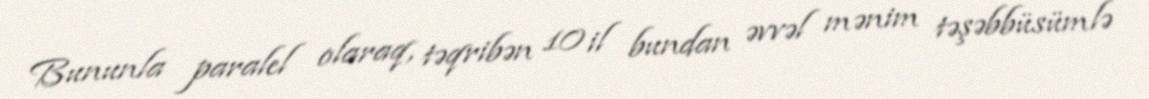
Bununla paralel olaraq, təqribən 10 il bundan əvvəl mənim təşəbbüsümlə